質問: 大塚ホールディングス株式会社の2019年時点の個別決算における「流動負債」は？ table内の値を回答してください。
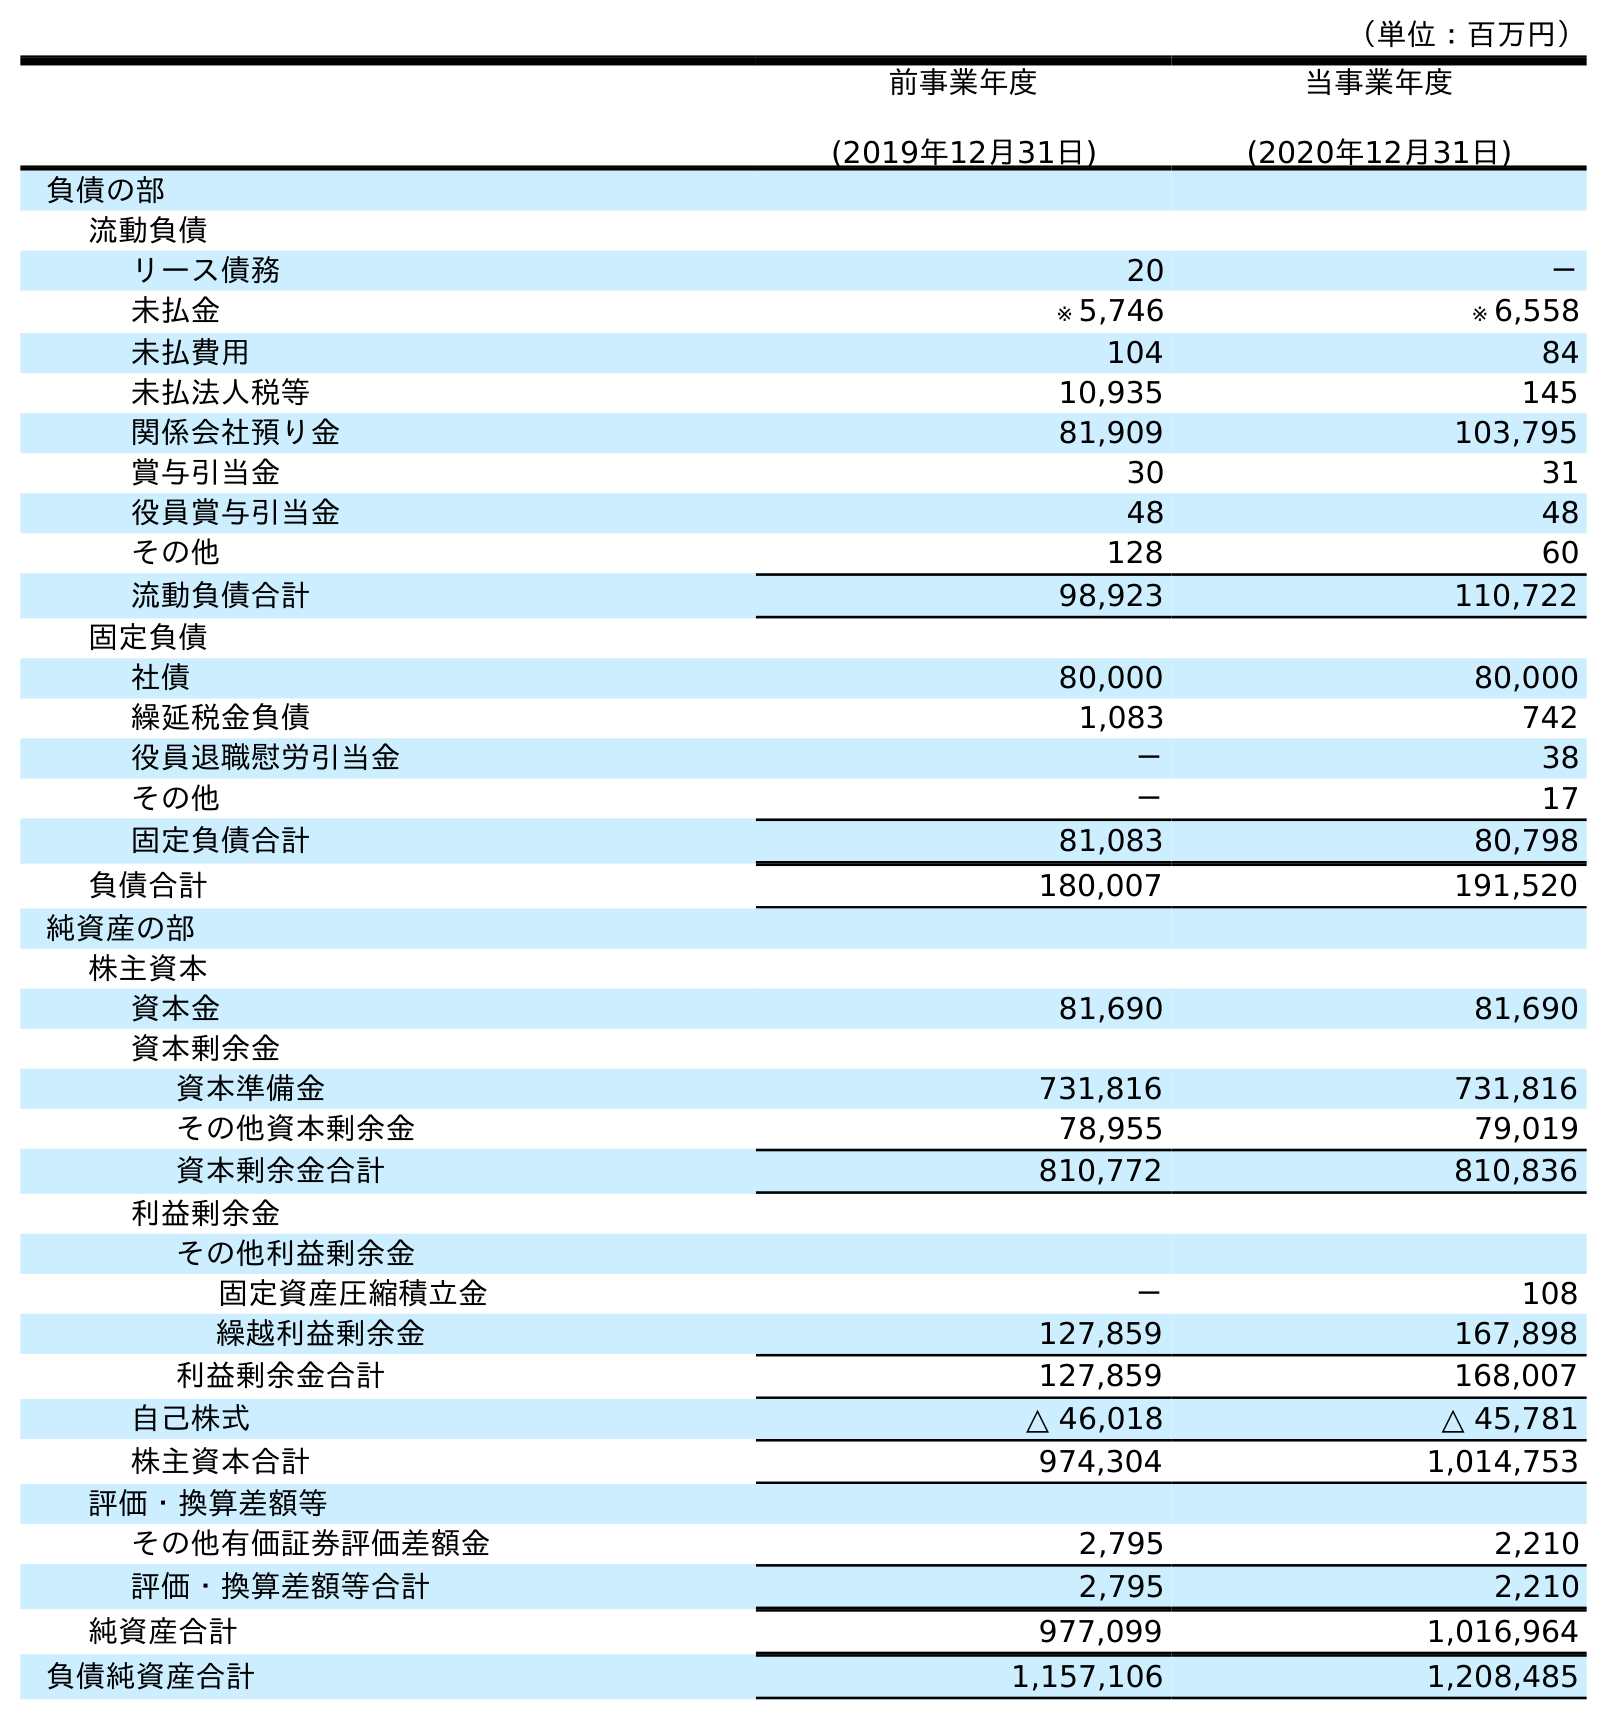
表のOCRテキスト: （単位：百万円） 前事業年度 (2019年12月31日) 当事業年度 (2020年12月31日) 負債の部 流動負債 リース債務 20 － 未払金 ※ 5,746 ※ 6,558 未払費用 104 84 未払法人税等 10,935 145 関係会社預り金 81,909 103,795 賞与引当金 30 31 役員賞与引当金 48 48 その他 128 60 流動負債合計 98,923 110,722 固定負債 社債 80,000 80,000 繰延税金負債 1,083 742 役員退職慰労引当金 － 38 その他 － 17 固定負債合計 81,083 80,798 負債合計 180,007 191,520 純資産の部 株主資本 資本金 81,690 81,690 資本剰余金 資本準備金 731,816 731,816 その他資本剰余金 78,955 79,019 資本剰余金合計 810,772 810,836 利益剰余金 その他利益剰余金 固定資産圧縮積立金 － 108 繰越利益剰余金 127,859 167,898 利益剰余金合計 127,859 168,007 自己株式 △ 46,018 △ 45,781 株主資本合計 974,304 1,014,753 評価・換算差額等 その他有価証券評価差額金 2,795 2,210 評価・換算差額等合計 2,795 2,210 純資産合計 977,099 1,016,964 負債純資産合計 1,157,106 1,208,485
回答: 98,923